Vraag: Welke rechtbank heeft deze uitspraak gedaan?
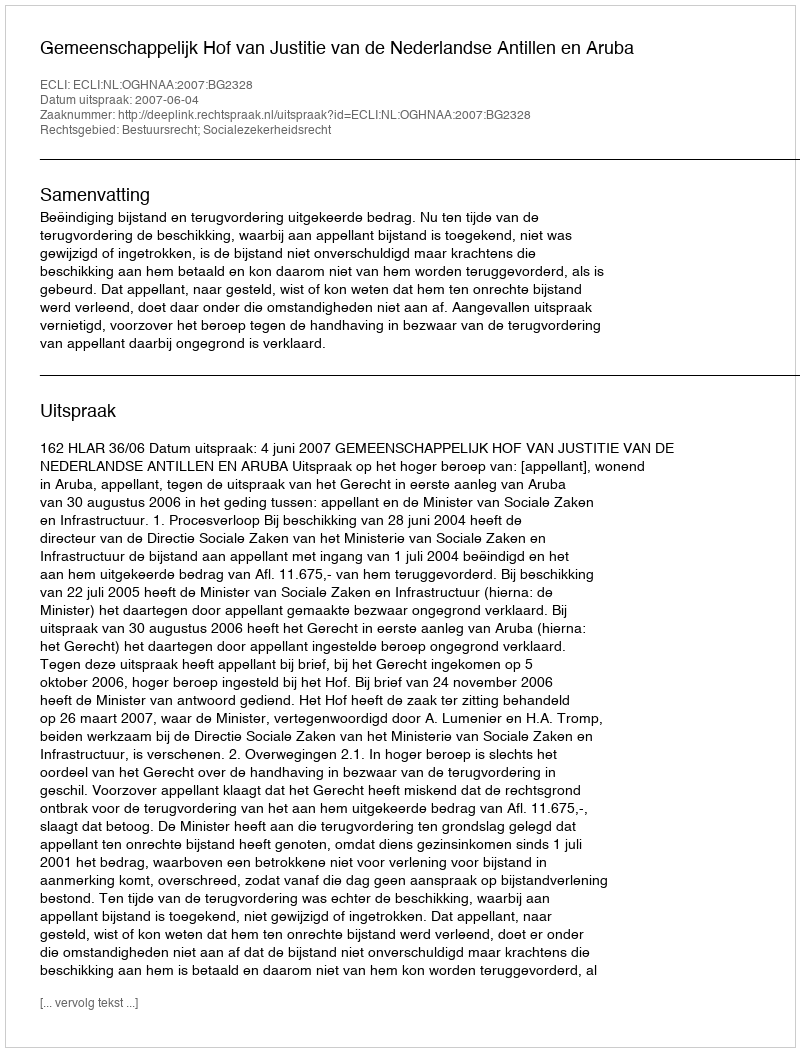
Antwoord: Gemeenschappelijk Hof van Justitie van de Nederlandse Antillen en Aruba